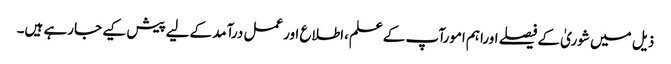
ذیل میں شوریٰ کےفیصلے اوراہم امورآپ کےعلم،اطلاع اورعمل درآمد کےلیےپیش کیے جارہے ہیں۔